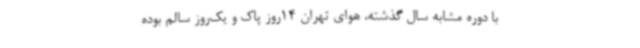
با دوره مشابه ‌سال گذشته، هوای تهران 14روز پاک و یک‌روز سالم بوده